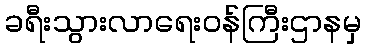
ခရီးသွားလာရေးဝန်ကြီးဌာနမှ